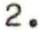
2.